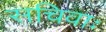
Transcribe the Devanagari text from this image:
सचिवाः